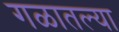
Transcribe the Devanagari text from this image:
गळातल्या